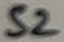
Text: S2